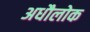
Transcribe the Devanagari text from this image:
अधौलोक